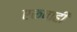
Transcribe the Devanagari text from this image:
एकवाही